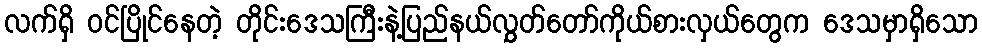
လက်ရှိ ဝင်ပြိုင်နေတဲ့ တိုင်းဒေသကြီးနဲ့ပြည်နယ်လွှတ်တော်ကိုယ်စားလှယ်တွေက ဒေသမှာရှိသော